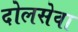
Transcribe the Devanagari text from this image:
दोलसेवा